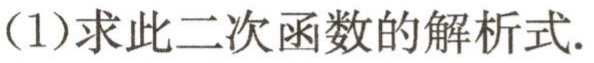
(1)求此二次函数的解析式.